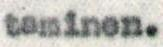
taminen.